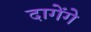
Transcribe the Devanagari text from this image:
दागेंगे